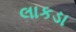
લાકડા